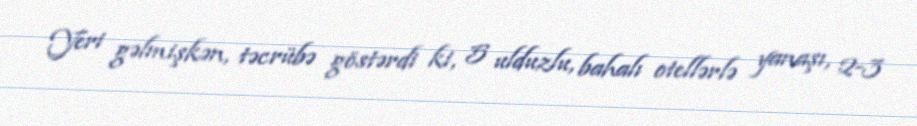
Yeri gəlmişkən, təcrübə göstərdi ki, 5 ulduzlu, bahalı otellərlə yanaşı, 2-3